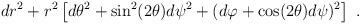
LaTeX: \begin{align*}dr^2 + r^2 \left[ d\theta^2 + \sin^2(2\theta) d\psi^2 + (d\varphi+\cos(2\theta)d\psi)^2 \right]~.\end{align*}